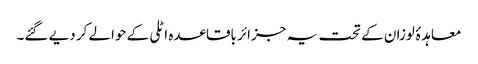
معاہدۂ لوزان کے تحت یہ جزائر باقاعدہ اٹلی کے حوالے کر دیے گئے۔